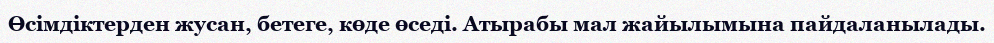
Өсімдіктерден жусан, бетеге, көде өседі. Атырабы мал жайылымына пайдаланылады.